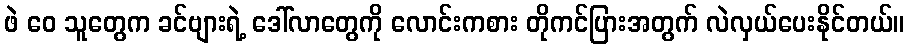
ဖဲ ဝေ သူတွေက ခင်ဗျားရဲ့ ဒေါ်လာတွေကို လောင်းကစား တိုကင်ပြားအတွက် လဲလှယ်ပေးနိုင်တယ်။